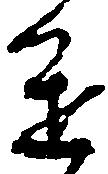
進